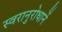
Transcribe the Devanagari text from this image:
स्वरानुरोधानें